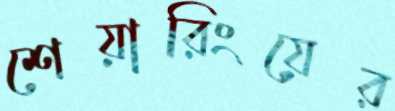
শেয়ারিংয়ের